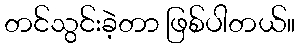
တင်သွင်းခဲ့တာ ဖြစ်ပါတယ်။